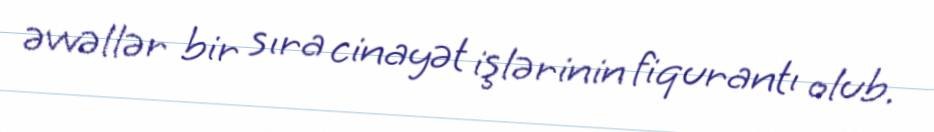
əvvəllər bir sıra cinayət işlərinin fiqurantı olub.